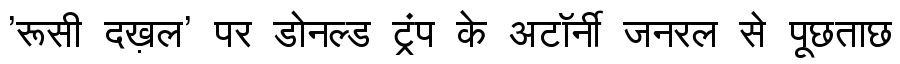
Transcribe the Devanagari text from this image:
'रूसी दख़ल' पर डोनल्ड ट्रंप के अटॉर्नी जनरल से पूछताछ